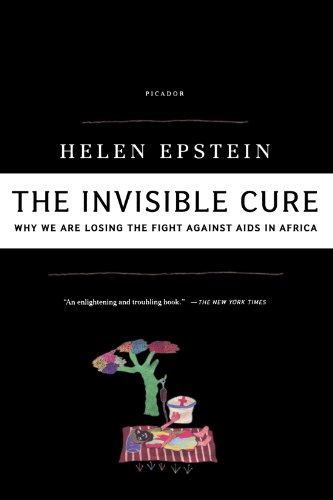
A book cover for The Invisible Cure: Why We Are Losing the Fight Against AIDS in Africa; Helen Epstein; Health, Fitness & Dieting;